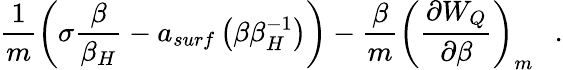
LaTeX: \frac 1m\left(\sigma{\frac{\beta}{\beta_{H}}}-a_{surf}\left(\beta\beta_{H}^{-1}\right)\right)-{\frac{\beta}{m}}\left({\frac{\partial W_{Q}}{\partial\beta}}\right)_{m}~~~.